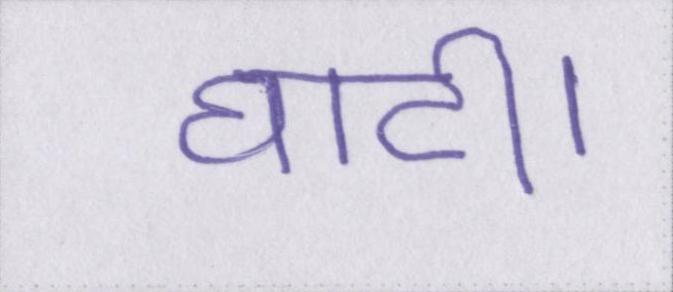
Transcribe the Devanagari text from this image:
घाटी।